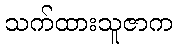
သက်ထားသူဇာက